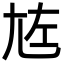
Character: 㝾